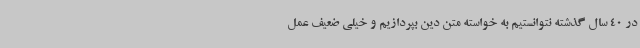
در 40 سال گذشته نتوانستیم به خواسته متن دین بپردازیم و خیلی ضعیف عمل